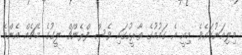
މިލިއަނުގައެވެ. މިއީ އެ ގައުމުގެ ތާރީހުގައި ވެސް ފްރެންޗް ލީގުގެ މެޗެއް އެންމެ